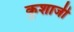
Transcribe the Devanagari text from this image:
कुशाजी